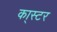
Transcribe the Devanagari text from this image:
का्स्‍टर